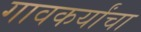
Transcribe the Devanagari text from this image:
गावकर्यांचा